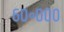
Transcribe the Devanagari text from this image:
६०॰०००